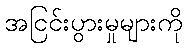
အငြင်းပွားမှုများကို